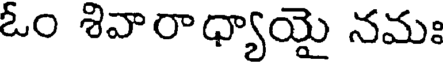
ఓం శివారాధ్యాయై నమః